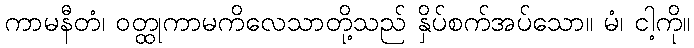
ကာမနီတံ၊ ဝတ္ထုကာမကိလေသာတို့သည် နှိပ်စက်အပ်သော။ မံ၊ ငါ့ကို။